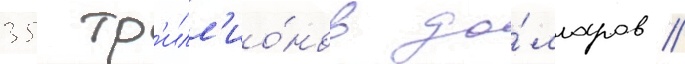
35 тр'илл'ио́нов до́лларов //